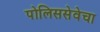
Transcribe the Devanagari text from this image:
पोलिससेवेचा